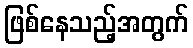
ဖြစ်နေသည့်အတွက်